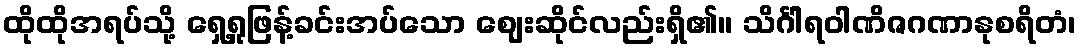
ထိုထိုအရပ်သို့ ရှေ့ရှုဖြန့်ခင်းအပ်သော ဈေးဆိုင်လည်းရှိ၏။ သိင်္ဂါရဝါဏိဇဂဏာနုစရိတံ၊